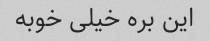
این بره خیلی خوبه